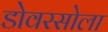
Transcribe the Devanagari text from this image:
डोवरसोला